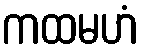
ကထမဟံ